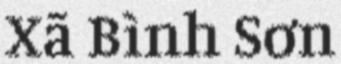
Xã Bình Sơn